Registration of youth, 1941
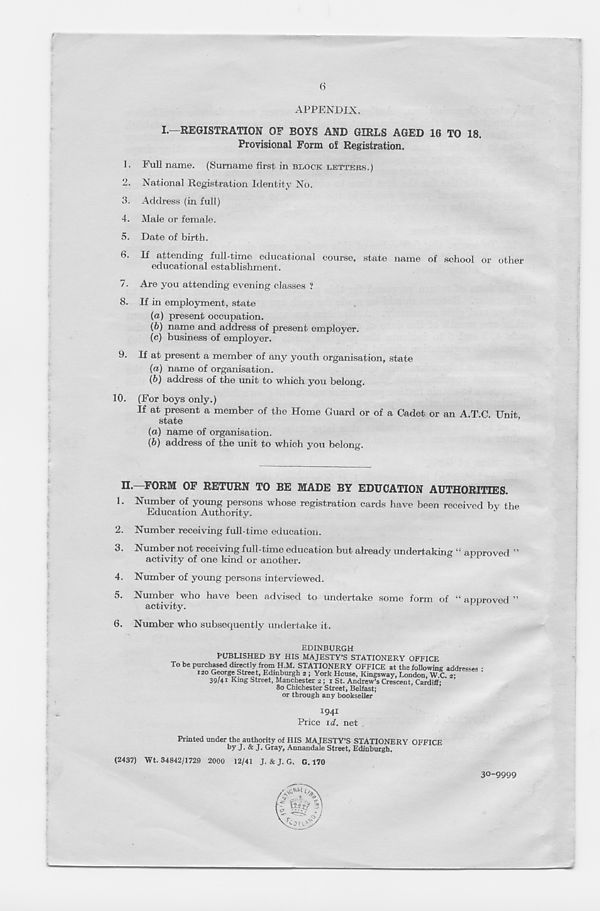
6
APPENDIX.
I.-REGISTRATION OF BOYS AND GIRLS AGED 16 TO 18.
Provisional Form of Registration.
1. Full name. (Surname first in BLOCK LETTERS.)
2. National Registration Identity No.
3. Address (in full)
4. Male or female.
5. Date of birth.
6. If attending full-time educational course, state name of school or other
educational establishment .
7. Are you attending evening classes ?
8. If in employment, state
(a) present occupation.
(6) name and address of present employer.
(c) business of employer.
9. If at present a member of any youth organisation, state
{a) name of organisation.
(b) address of the unit to which you belong.
10.
(For boys only.)
If at present a member of the Home Guard or of a Cadet or an A.T.C Unit
state
*
’
(a) name of organisation.
(b) address of the unit to which you belong.
II.—FORM OF RETURN TO BE MADE BY EDUCATION AUTHORITIES.
1. Number of young persons whose registration cards have been received bv the
Education Authority.
'
2. Number receiving full-time education.
3. Number not receiving full-time education but already undertaking “ apnroved ”
activity of one kind or another.
4. Number of young persons interviewed.
5. Number who have been advised to undertake some form of “ approved ”
activity.
1
6. Number who subsequently undertake it.
EDINBURGH
PUBLISHED BY HIS MAJESTY’S STATIONERY OFFICE
1941
Price id. net
Printed under the authority of HIS MAJESTY’S STATIONERY OFFICE
by J. & J. Gray, Annandale Street, Edinburgh.
(2437) Wt. 34842/1729 2000 12/41 J. & J. G. G. 170
30-9999